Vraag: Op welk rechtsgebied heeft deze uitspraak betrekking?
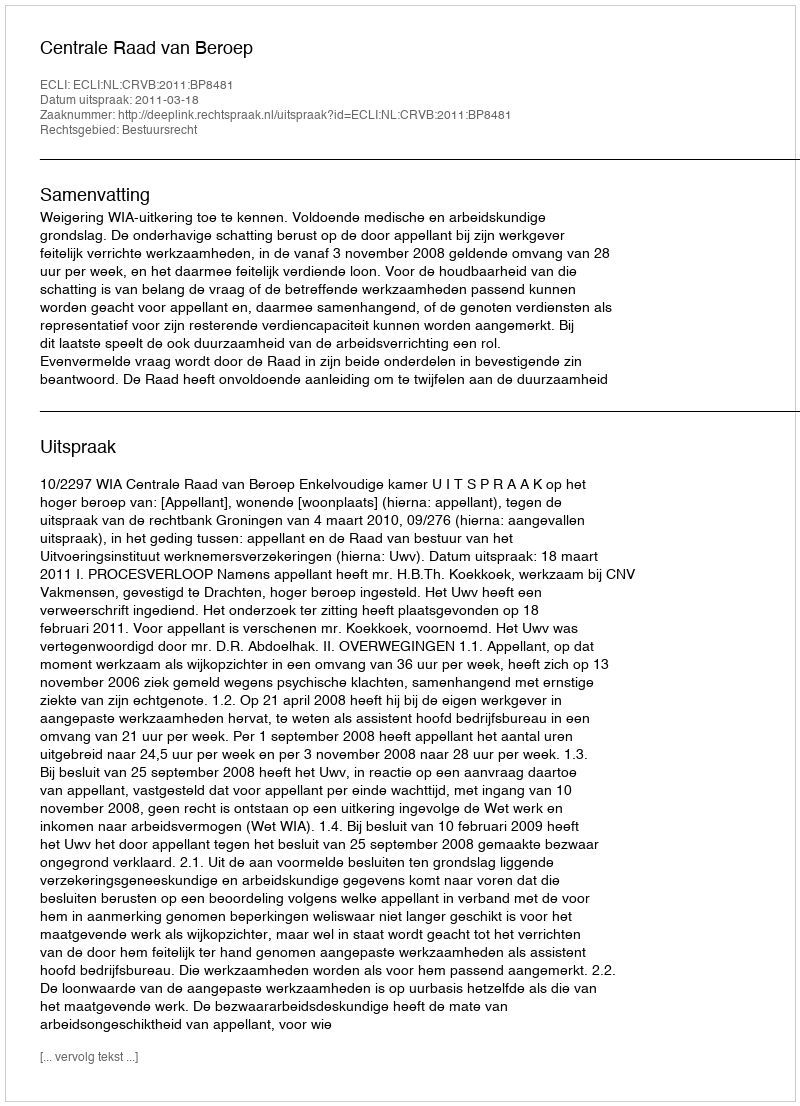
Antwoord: Bestuursrecht